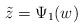
\begin{align*}\tilde z=\Psi_1(w)\end{align*}